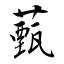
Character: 薽